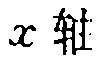
$x$ 轴